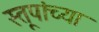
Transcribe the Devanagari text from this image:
स्तूपांच्या